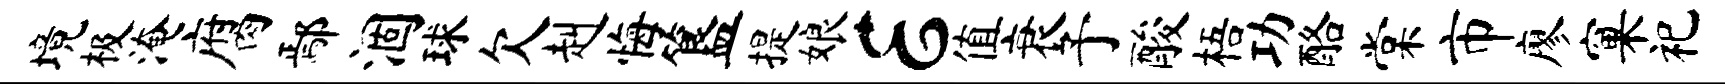
境极淹腐鄢涸球欠赳悔簋提娘E值衰予酸梧功酪棠市廖窠祀